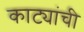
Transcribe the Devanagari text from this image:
काट्यांची